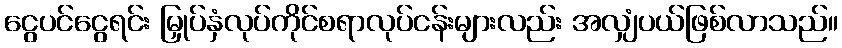
ငွေပင်ငွေရင်း မြှုပ်နှံလုပ်ကိုင်စရာလုပ်ငန်းများလည်း အလျှံပယ်ဖြစ်လာသည်။